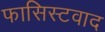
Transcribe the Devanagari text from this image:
फासिस्टवाद